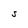
Character: S